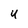
Character: U